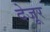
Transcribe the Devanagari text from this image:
देजूर